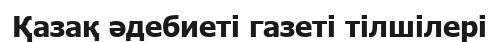
Қазақ әдебиеті газеті тілшілері